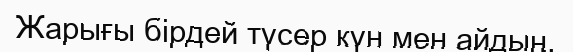
Жарығы бірдей түсер күн мен айдың,